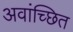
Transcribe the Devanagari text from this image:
अवांच्छित